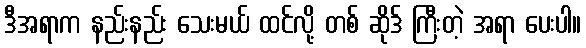
ဒီအရာက နည်းနည်း သေးမယ် ထင်လို့ တစ် ဆိုဒ် ကြီးတဲ့ အရာ ပေးပါ။